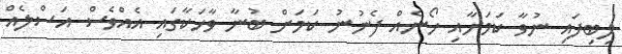
ލިބިފައި ނުވާ ކަމަށާއި ހޯނެއް ފެނުނު ކަމަށް ބުނާ ވާހަކާގައި އެއްވެސް އަސްލެއް